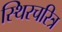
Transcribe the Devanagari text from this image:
स्थिरचरित्र